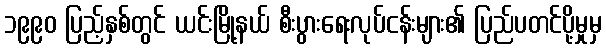
၁၉၉၀ ပြည့်နှစ်တွင် ယင်းမြို့နယ် စီးပွားရေးလုပ်ငန်းများ၏ ပြည်ပတင်ပို့မှုမှ